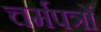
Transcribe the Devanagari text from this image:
चर्मपत्रों